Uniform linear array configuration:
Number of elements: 32
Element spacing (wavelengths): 0.25
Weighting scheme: hann
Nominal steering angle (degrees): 45
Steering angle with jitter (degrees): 43.829
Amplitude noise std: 0.05
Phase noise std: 0.05

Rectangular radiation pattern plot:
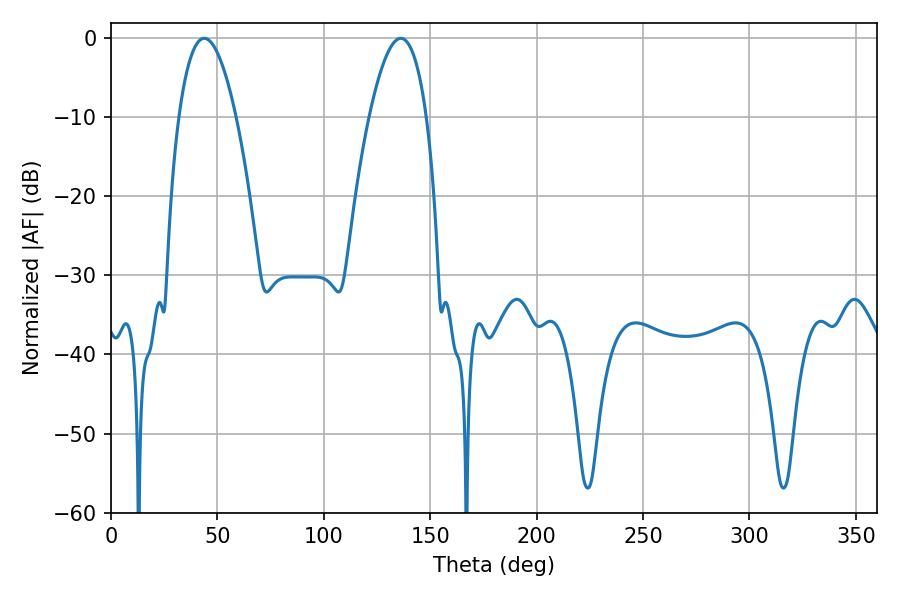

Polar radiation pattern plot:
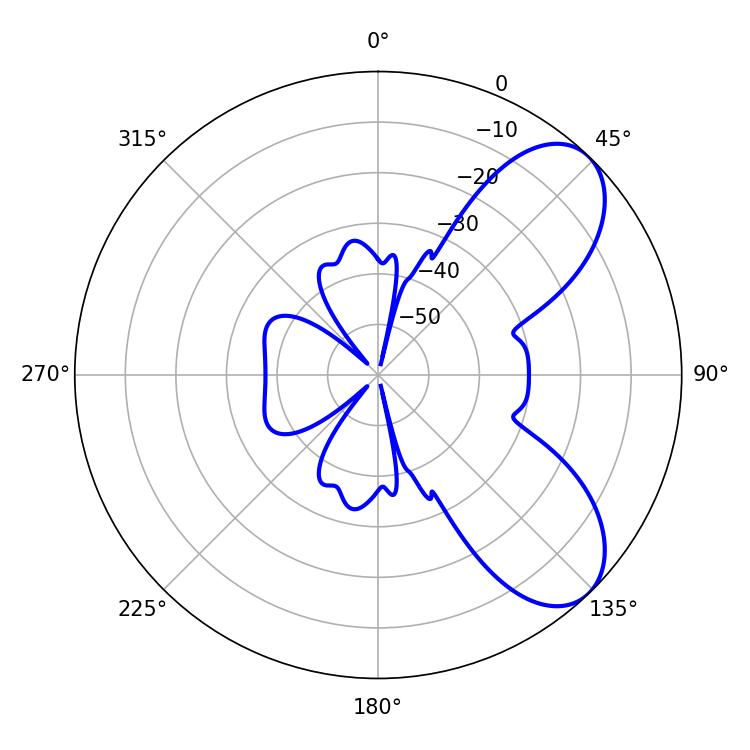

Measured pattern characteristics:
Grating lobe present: FALSE
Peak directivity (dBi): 7.127
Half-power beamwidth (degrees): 14.76
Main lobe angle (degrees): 43.74